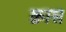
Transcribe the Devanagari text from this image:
क्वास